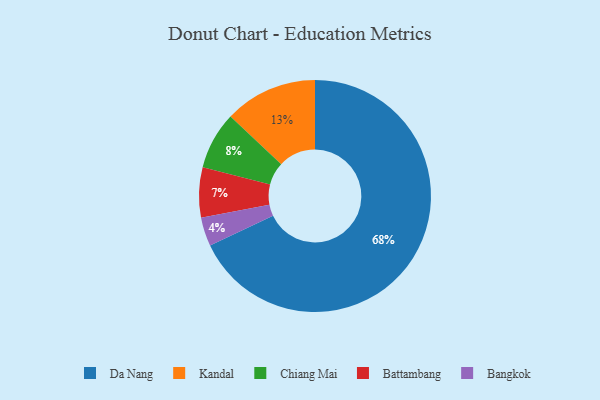
{"axis": {"x": "Category", "y": "Percentage"}, "legend": ["Bangkok", "Battambang", "Chiang Mai", "Da Nang", "Kandal"], "data": [{"x": "Chiang Mai", "y": 8, "type": "Chiang Mai"}, {"x": "Battambang", "y": 7, "type": "Battambang"}, {"x": "Da Nang", "y": 68, "type": "Da Nang"}, {"x": "Bangkok", "y": 4, "type": "Bangkok"}, {"x": "Kandal", "y": 13, "type": "Kandal"}]}